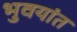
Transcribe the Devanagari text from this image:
भुवयांत